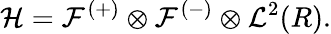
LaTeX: {\cal H}={\cal F}^{(+)}\otimes{\cal F}^{(-)}\otimes{\cal L}^{2}(R).